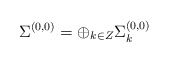
\begin{align*}\Sigma ^{(0,0)}=\oplus_{k\in Z}\Sigma ^{(0,0)}_{k}\end{align*}